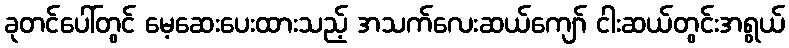
ခုတင်ပေါ်တွင် မေ့ဆေးပေးထားသည့် အသက်လေးဆယ်ကျော် ငါးဆယ်တွင်းအရွယ်